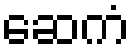
ဆေကံ